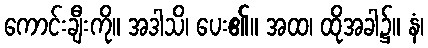
ကောင်းချီးကို။ အဒါသိ၊ ပေး၏။ အထ၊ ထိုအခါ၌။ နံ၊